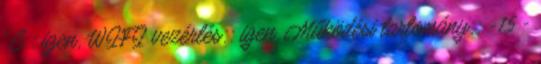
°C:: igen, WIFI vezérlés:: igen, Működési tartomány:: -15 -